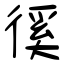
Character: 徯